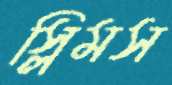
স্লিমস